Indian journal of veterinary science and animal husbandry - Volumes 15-17, 1948-1951
Year: 1948
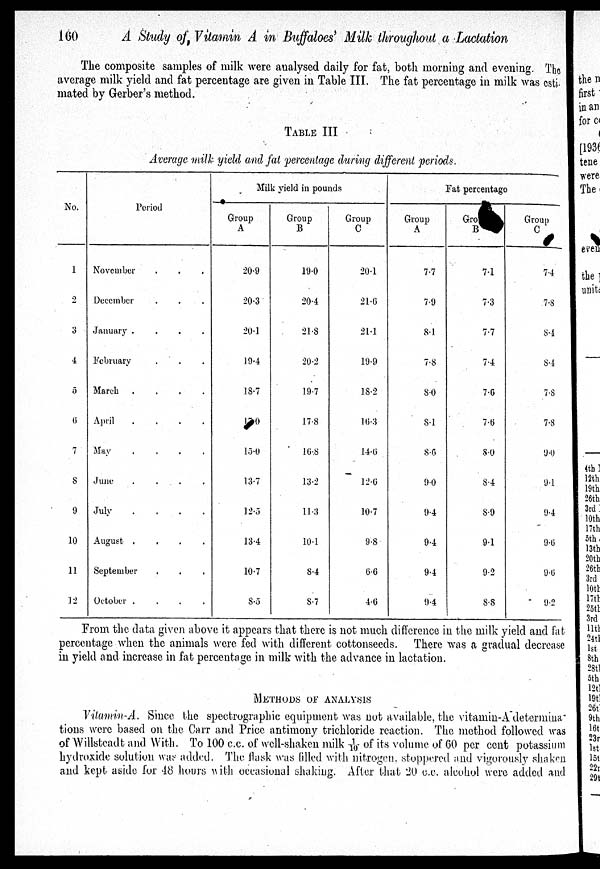
160
A Study of Vitamin A in Buffaloes' Milk throughout a Lactation
The composite samples of milk were analysed daily for fat, both morning and evening. The
average milk yield and fat percentage are given in Table III. The fat percentage in milk was esti-
mated by Gerber's method.
TABLE III
Average milk yield and fat percentage during different periods.
No.
1
2
3
4
5
6
7
8
9
10
11
12
Period
November
December
January .
.
.
.
February
March
.
.
.
.
April
....
May
.
.
.
.
June
.
.
.
.
July
.
.
.
.
August .
.
.
.
September
October .
.
.
.
Milk yield in pounds
Group
A
20.9
20.3
20.1
19.4
18.7
1 0
15.0
13.7
12.5
13.4
10.7
8.5
Group
B
19.0
20.4
21.8
20.2
19.7
17.8
16.8
13.2
11.3
10.1
8.4
8.7
Group
C
20.1
21.6
21.1
19.9
18.2
16.3
14.6
12.6
10.7
9.8
6.6
4.6
Fat percentago
Group
A
7.7
7.9
8.1
7.8
8.0
8.1
8.6
9.0
9.4
9.4
9.4
9.4
Group
B
7.1
7.3
7.7
7.4
7.6
7.6
8.0
8.4
8.9
9.1
9.2
8.8
Group
C
7.4
7.8
8.4
8.4
7.8
7.8
9.0
9.1
9.4
9.6
9.6
9.2
From the data given above it appears that there is not much difference in the milk yield and fat
percentage when the animals were fed with different cottonseeds. There was a gradual decrease
in yield and increase in fat percentage in milk with the advance in lactation.
METHODS OF ANALYSIS
Vitamin-A. Since the spectrographic equipment was not available, the vitamin-A determina
tions were based on the Carr and Price antimony trichloride reaction. The method followed was
of Willsteadt and With. To 100 c.c. of well-shaken milk 1/10 of its volume of 60 per cent potassium
hydroxide solution was added. The flask was filled with nitrogen. stoppered and vigorously shaken
and kept aside for 48 hours with occasional shaking. After that 20 c.c. alcohol were added and